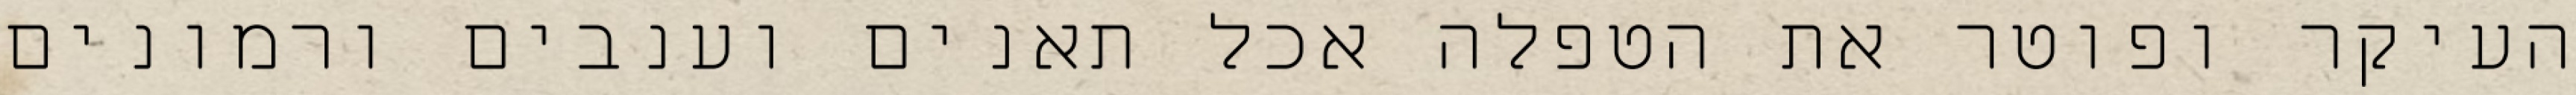
העיקר ופוטר את הטפלה אכל תאנים וענבים ורמונים